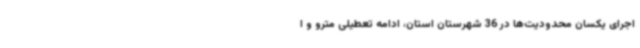
اجرای یکسان محدودیت‌ها در 36 شهرستان استان، ادامه تعطیلی مترو و ا